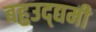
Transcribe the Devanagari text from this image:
बहुउद्द्यमी